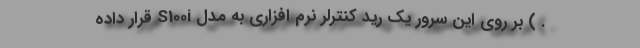
. ) بر روی این سرور یک رید کنترلر نرم افزاری به مدل S100i قرار داده